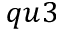
q u 3